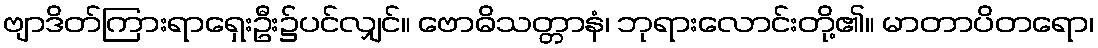
ဗျာဒိတ်ကြားရာရှေးဦး၌ပင်လျှင်။ ဗောဓိသတ္တာနံ၊ ဘုရားလောင်းတို့၏။ မာတာပိတရော၊